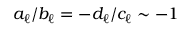
a _ { \ell } / b _ { \ell } = - d _ { \ell } / c _ { \ell } \sim - 1